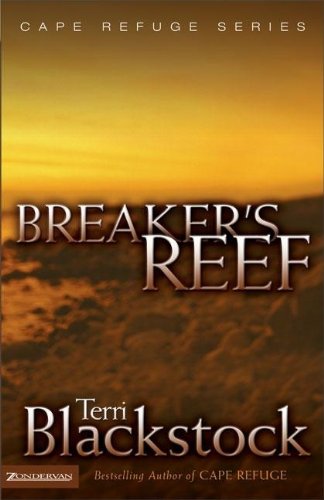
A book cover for Breaker's Reef (Cape Refuge, No. 4); Terri Blackstock; Religion & Spirituality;